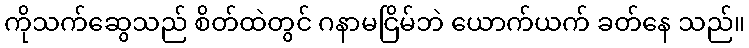
ကိုသက်ဆွေသည် စိတ်ထဲတွင် ဂနာမငြိမ်ဘဲ ယောက်ယက် ခတ်နေ သည်။